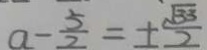
a - \frac { 5 } { 2 } = \pm \frac { \sqrt { 3 3 } } { 2 }